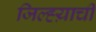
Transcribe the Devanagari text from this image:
जिल्ह्य़ाची